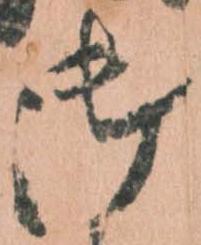
御